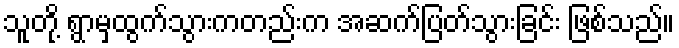
သူတို့ ရွာမှထွက်သွားကတည်းက အဆက်ပြတ်သွားခြင်း ဖြစ်သည်။